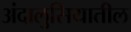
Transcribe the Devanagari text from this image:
अंदालुसियातील